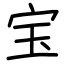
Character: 宝